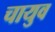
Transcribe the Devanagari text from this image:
चायुव